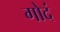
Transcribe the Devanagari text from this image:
गोदं